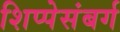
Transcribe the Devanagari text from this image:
शिप्पेसंबर्ग